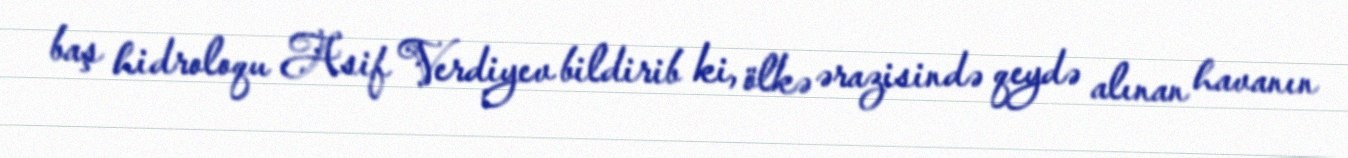
baş hidroloqu Asif Verdiyev bildirib ki, ölkə ərazisində qeydə alınan havanın